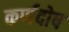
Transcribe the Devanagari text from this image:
कर्णदोष